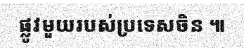
ផ្លូវមួយរបស់ប្រទេសចិន ៕